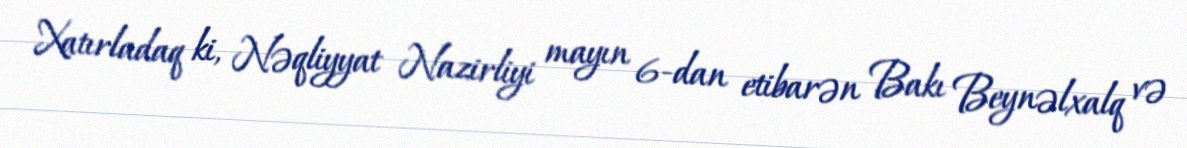
Xatırladaq ki, Nəqliyyat Nazirliyi mayın 6-dan etibarən Bakı Beynəlxalq və